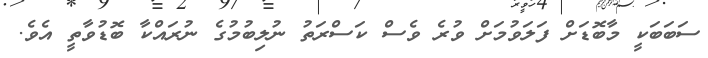
ސަބަބަކީ މާބޮޑަށް ފަލަވުމަށް ވުރެ ވެސް ކަސްރަތު ނުލިބުމުގެ ނުރައްކާ ބޮޑުވާތީ އެވެ.